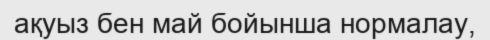
ақуыз бен май бойынша нормалау,